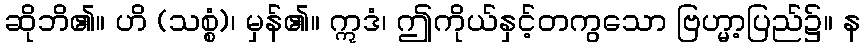
ဆိုဘိ၏။ ဟိ (သစ္စံ)၊ မှန်၏။ ဣဒံ၊ ဤကိုယ်နှင့်တကွသော ဗြဟ္မာ့ပြည်၌။ န